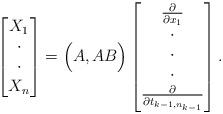
LaTeX: \begin{align*} \begin{bmatrix} X_1 \\ \cdot\\ \cdot\\ X_n \end{bmatrix} = \Big( A, AB \Big) \begin{bmatrix} {\partial \over \partial x_1} \\ \cdot\\ \cdot\\ \cdot\\ {\partial \over \partial t_{k-1,n_{k-1}}} \end{bmatrix}.\end{align*}